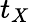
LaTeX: t_{X}